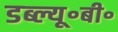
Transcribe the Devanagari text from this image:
डब्ल्यू॰बी॰